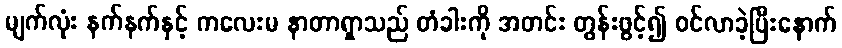
မျက်လုံး နက်နက်နှင့် ကလေးမ နာတာရှာသည် တံခါးကို အတင်း တွန်းဖွင့်၍ ဝင်လာခဲ့ပြီးနောက်